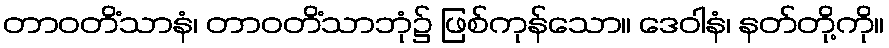
တာဝတိံသာနံ၊ တာဝတိံသာဘုံ၌ ဖြစ်ကုန်သော။ ဒေဝါနံ၊ နတ်တို့ကို။